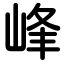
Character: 峰